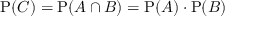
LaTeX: \operatorname { P } ( C ) = \operatorname { P } ( A \cap B ) = \operatorname { P } ( A ) \cdot \operatorname { P } ( B )